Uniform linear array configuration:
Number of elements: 4
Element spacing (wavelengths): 1
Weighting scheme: kaiser
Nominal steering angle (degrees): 15
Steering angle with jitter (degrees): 13.658
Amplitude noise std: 0.05
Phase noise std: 0.05

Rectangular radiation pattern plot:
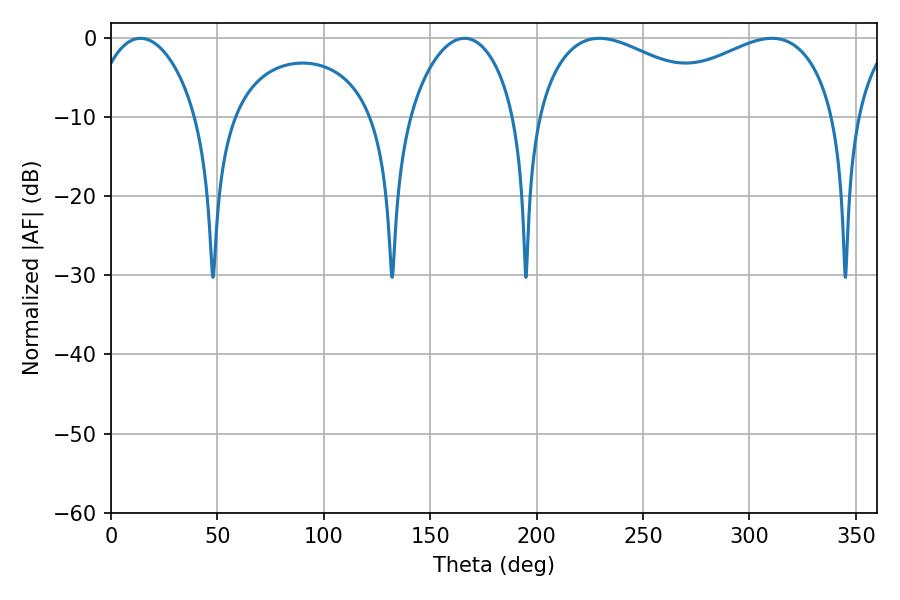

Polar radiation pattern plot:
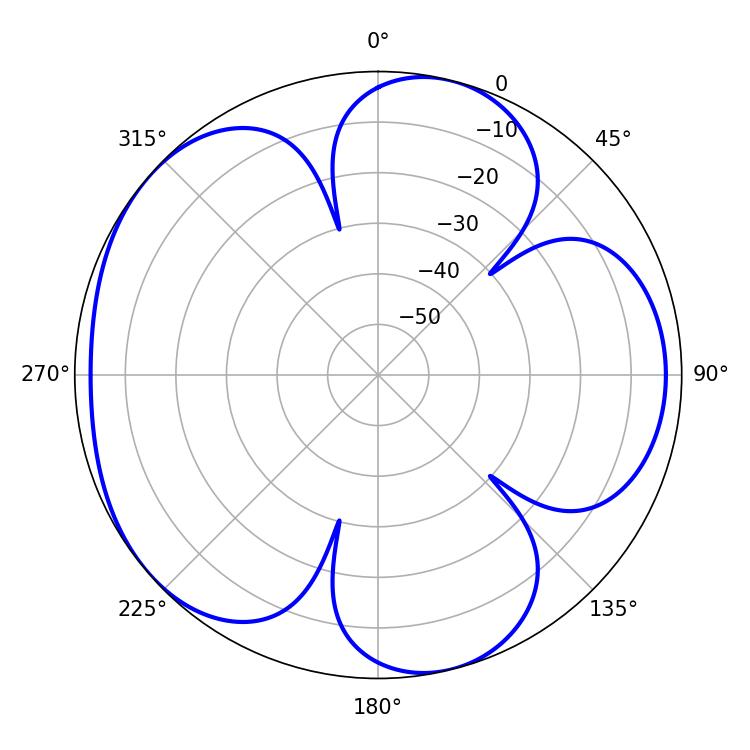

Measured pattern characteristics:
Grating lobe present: TRUE
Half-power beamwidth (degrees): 52.92
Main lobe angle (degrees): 229.5